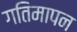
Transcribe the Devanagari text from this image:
गतिमापन